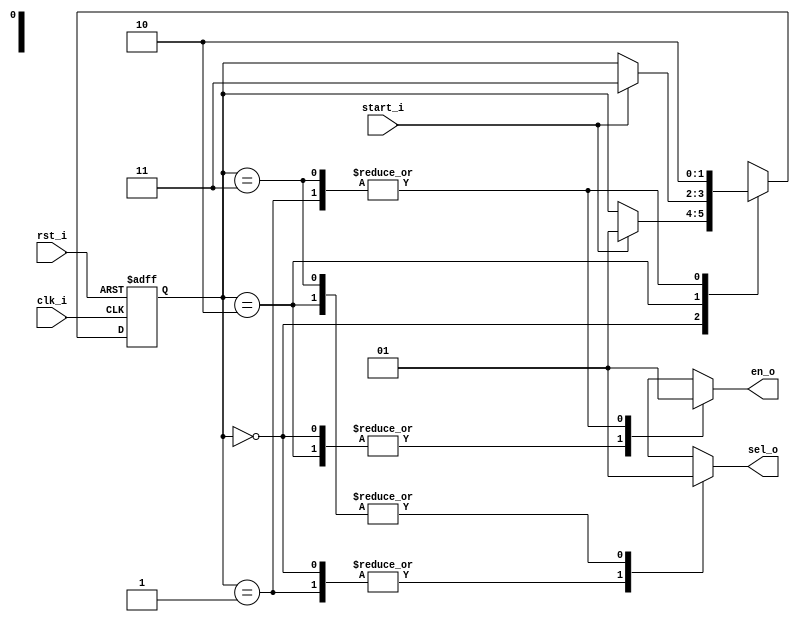
// Name: cu.v
//
// Control Unit for system
module cu (
  input      rst_i,
  input      clk_i,
  input      start_i,
  output reg en_o,
  output reg sel_o
);

  localparam [1:0]
    s0 = 0, // Esperar   1
    s1 = 1,	// Habilitar 1
    s2 = 2,	// Esperar   2
    s3 = 3;	// Habilitar 2
		
  reg [1:0] state_reg, state_next;
	
  always @(start_i, state_reg) begin
    state_next = state_reg; // default state_next
    case (state_reg)
      s0: begin
            sel_o = 0;
            en_o  = 0;
            if (start_i) begin
              state_next = s1;
            end 
          end
      s1: begin
            sel_o = 0;
            en_o  = 1;
            state_next = s2;
          end
      s2: begin
            sel_o = 1;
            en_o  = 0;
            if (start_i) begin
              state_next = s3;
            end 
          end
      s3: begin
            sel_o = 1;
            en_o  = 1;
            state_next = s2;
         end
      default: begin
                 sel_o = 0;
                 en_o  = 0;
                 state_next = s0;
               end
    endcase
  end

  always @(posedge clk_i, posedge rst_i) begin
    if (rst_i) begin
      state_reg <= s0;
    end else begin
      state_reg <= state_next;
    end
  end	
  
endmodule